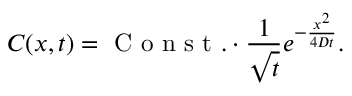
C ( x , t ) = \mathrm { ~ C ~ o ~ n ~ s ~ t ~ } . \cdot \frac { 1 } { \sqrt { t } } e ^ { - \frac { x ^ { 2 } } { 4 D t } } .